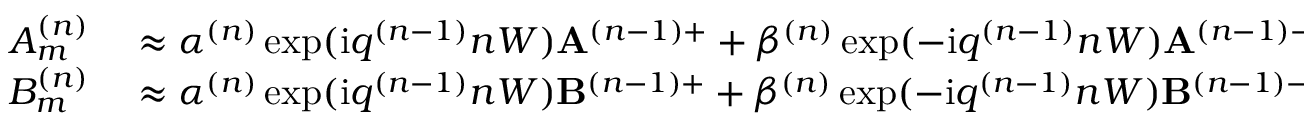
\begin{array} { r l } { A _ { m } ^ { ( n ) } } & { { } \approx \alpha ^ { ( n ) } \exp ( \mathrm { i } q ^ { ( n - 1 ) } n W ) \mathbf { A } ^ { ( n - 1 ) + } + \beta ^ { ( n ) } \exp ( - \mathrm { i } q ^ { ( n - 1 ) } n W ) \mathbf { A } ^ { ( n - 1 ) - } } \\ { B _ { m } ^ { ( n ) } } & { { } \approx \alpha ^ { ( n ) } \exp ( \mathrm { i } q ^ { ( n - 1 ) } n W ) \mathbf { B } ^ { ( n - 1 ) + } + \beta ^ { ( n ) } \exp ( - \mathrm { i } q ^ { ( n - 1 ) } n W ) \mathbf { B } ^ { ( n - 1 ) - } , } \end{array}